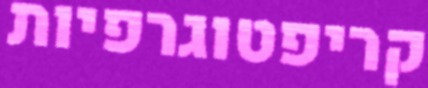
קריפטוגרפיות